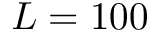
L = 1 0 0